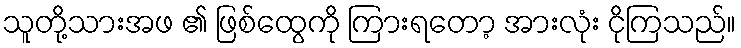
သူတို့သားအဖ ၏ ဖြစ်ထွေကို ကြားရတော့ အားလုံး ငိုကြသည်။